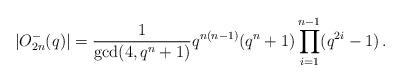
LaTeX: \begin{align*}\lvert O_{2n}^{-}(q)\rvert = \frac{1}{\gcd(4,q^n+1)}q^{n(n-1)}(q^n+1)\prod_{i=1}^{n-1}(q^{2i}-1)\,.\end{align*}